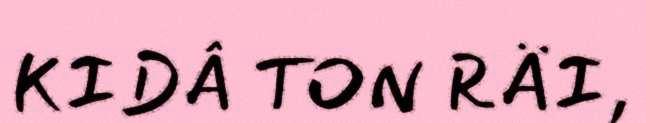
KIDÂ TON RÄI,